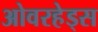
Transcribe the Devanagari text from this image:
ओवरहेड्स